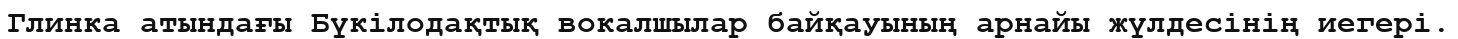
Глинка атындағы Бүкілодақтық вокалшылар байқауының арнайы жүлдесінің иегері.